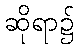
ဆိုရာ၌